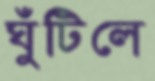
ঘুঁটিলে